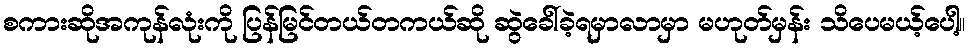
စကားဆိုအကုန်လုံးကို ပြန်မြင်တယ်တကယ်ဆို ဆွဲခေါ်ခဲ့ရမှာလာမှာ မဟုတ်မှန်း သိပေမယ့်ပေါ့။